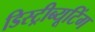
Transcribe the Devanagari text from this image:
डिस्ट्रीब्यूटिंग